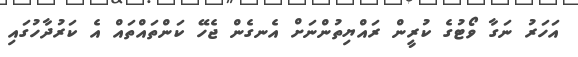
އަހަރު ނަގާ ވޯޓުގެ ކުރީން ރައްޔިތުންނަށް އެނގެން ޖެހޭ ކަންތައްތައް އެ ކަރުދާހުގައި